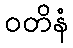
ဝတိနံ